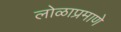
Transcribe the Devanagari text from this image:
लोळाप्रमाणे